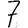
Digit: 7